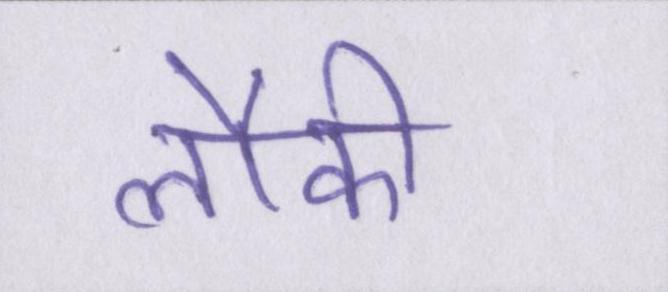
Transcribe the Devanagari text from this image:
लौकी